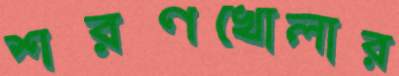
শরণখোলার